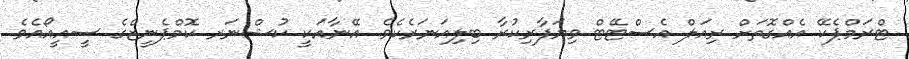
ޓްރަމްޕެކޭ އެއްގޮތަށް ރިއަލް އެސްޓޭޓް ވިޔަފާރިކުރާ ބިލިއަނަރެކެވެ. އޭނާއަކީ ކުޝްނަރ ކޮމްޕެނީޒްގެ ސީއީއޯއެވެ.